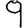
Digit: 9